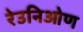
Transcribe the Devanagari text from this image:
रेउनिओण